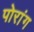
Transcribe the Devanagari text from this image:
पोरांग